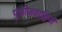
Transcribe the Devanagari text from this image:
पुंबीजवाहिनी